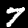
Label: 7